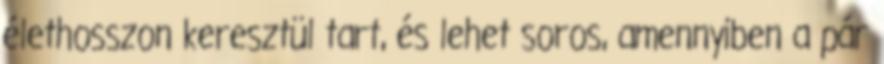
élethosszon keresztül tart, és lehet soros, amennyiben a pár